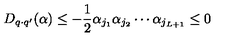
D _ { q \cdot q ^ { \prime } } ( \alpha ) \leq - \frac 1 2 \alpha _ { j _ { 1 } } \alpha _ { j _ { 2 } } \cdots \alpha _ { j _ { L + 1 } } \leq 0